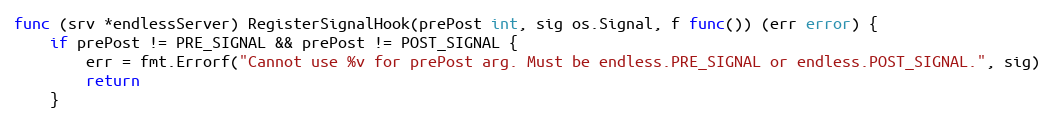
Language: Go
func (srv *endlessServer) RegisterSignalHook(prePost int, sig os.Signal, f func()) (err error) {
	if prePost != PRE_SIGNAL && prePost != POST_SIGNAL {
		err = fmt.Errorf("Cannot use %v for prePost arg. Must be endless.PRE_SIGNAL or endless.POST_SIGNAL.", sig)
		return
	}